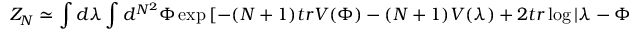
Z _ { N } \simeq \int d \lambda \int d ^ { N ^ { 2 } } \Phi \exp \left[ - ( N + 1 ) t r V ( \Phi ) - ( N + 1 ) V ( \lambda ) + 2 t r \log | \lambda - \Phi | \right]